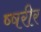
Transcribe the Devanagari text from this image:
ष्षरीर